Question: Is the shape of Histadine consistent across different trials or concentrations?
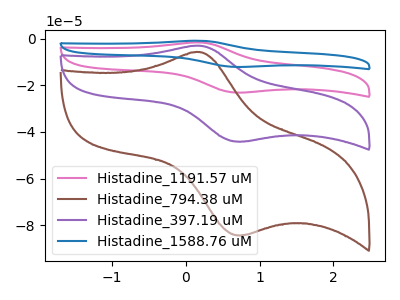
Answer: <think>The pink curve "Histadine_1191.57 uM" has an anodic peak at (0.20V, -5.95uA) and a cathodic peak at (0.75V, -88.25uA). The brown curve "Histadine_794.38 uM" has an anodic peak at (0.20V, -5.70uA) and a cathodic peak at (0.75V, -84.35uA). The purple curve "Histadine_397.19 uM" has an anodic peak at (0.20V, -3.00uA) and a cathodic peak at (0.75V, -44.15uA). The blue curve "Histadine_1588.76 uM" has an anodic peak at (0.20V, -8.95uA) and a cathodic peak at (0.75V, -132.40uA).
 All the peaks in "Histadine_1191.57 uM" have a peak in "Histadine_794.38 uM" at the same potential. All the peaks in "Histadine_1191.57 uM" have a peak in "Histadine_397.19 uM" at the same potential. All the peaks in "Histadine_1191.57 uM" have a peak in "Histadine_1588.76 uM" at the same potential. All the peaks in "Histadine_794.38 uM" have a peak in "Histadine_397.19 uM" at the same potential. All the peaks in "Histadine_794.38 uM" have a peak in "Histadine_1588.76 uM" at the same potential. All the peaks in "Histadine_397.19 uM" have a peak in "Histadine_1588.76 uM" at the same potential.</think>
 <answer>All the CV's of "Histadine" have similar shape.</answer>
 <eval>follow_rule</eval>